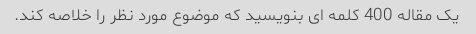
یک مقاله 400 کلمه ای بنویسید که موضوع مورد نظر را خلاصه کند.